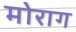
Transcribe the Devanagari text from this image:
मोराग